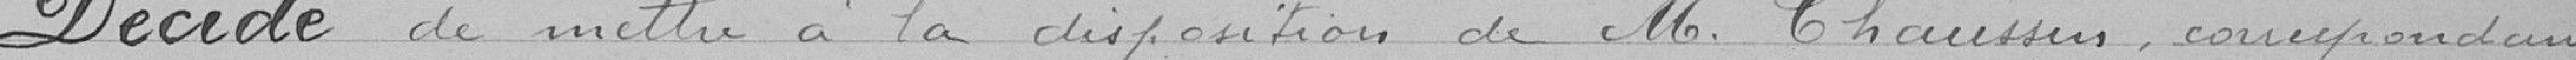
Décide de mettre à la disposition de M. Chaussin, correspondant